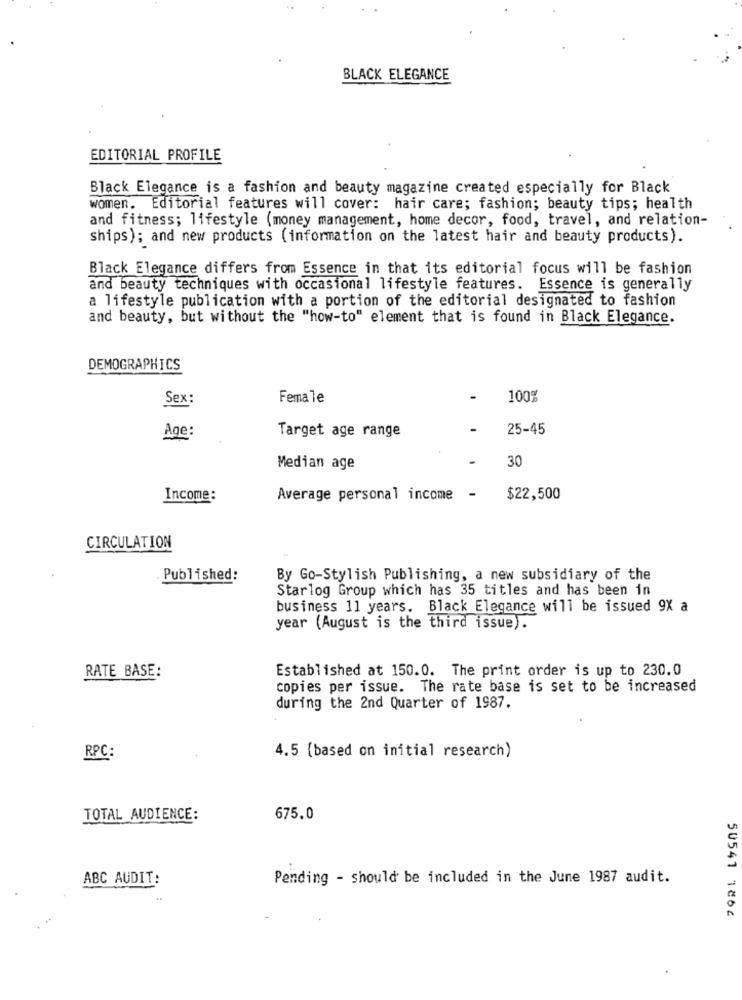
BLACK ELEGANCE
EDITORIAL PROFILE
Black Elegance is a fashion and beauty magazine created especially for Black
women. Editorial features will cover: hair care; fashion; beauty tips; health
and fitness; lifestyle (money management, home decor, food, travel, and relation-
ships); and new products (information on the latest hair and beauty products).
Black Elegance differs from Essence in that its editorial focus will be fashion
and beauty techniques with occasional lifestyle features. Essence is generally
a lifestyle publication with a portion of the editorial designated to fashion
and beauty, but without the "how-to" element that is found in Black Elegance.
DEMOGRAPHICS
Sex:
Female
.
100%
25-45
Age:
Target age range
30
Median age
Income:
Average personal income
-
$22,500
CIRCULATION
Published:
By Go-Stylish Publishing, a new subsidiary of the
Starlog Group which has 35 titles and has been in
business 11 years. Black Elegance will be issued 9X a
year (August is the third issue).
Established at 150.0. The print order is up to 230.0
RATE BASE:
copies per issue. The rate base is set to be increased
during the 2nd Quarter of 1987.
RPC:
4.5 (based on initial research)
TOTAL AUDIENCE:
675.0
ABC AUDIT:
Pending - should be included in the June 1987 audit.
50541 1864